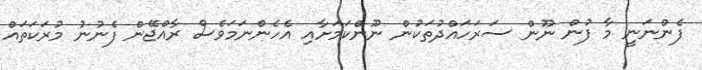
ފެންނަނީ މާ ފުން ނޫން ސަރަހައްދުތަކުން ނޫންކަމަށާއި އެހެންނަމަވެސް ރާއްޖޭން ފެނުނު މުރަކަތައް